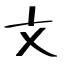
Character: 文